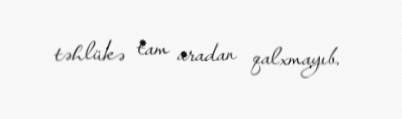
təhlükə tam aradan qalxmayıb.